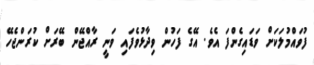
ފުވައްމުލަކަށް ވަޑައިގެންފަ އެވެ. އޭގެ ފަހުން ވިދާޅުވެފައި ވަނީ ރާއްޖޭން ބޭރަށް ކުރަންޖެހޭ